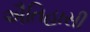
ઐતિહાસી